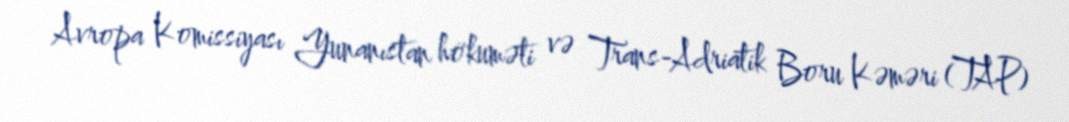
Avropa Komissiyası Yunanıstan hökuməti və Trans-Adriatik Boru Kəməri (TAP)